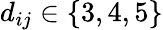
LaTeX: d_{ij}\in\{ 3,4,5\}